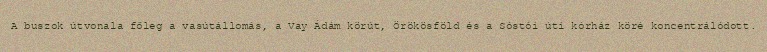
A buszok útvonala főleg a vasútállomás, a Vay Ádám körút, Örökösföld és a Sóstói úti kórház köré koncentrálódott.